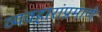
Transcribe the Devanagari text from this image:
व्यवहारांप्रमाणे